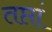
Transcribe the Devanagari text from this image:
तप्तां